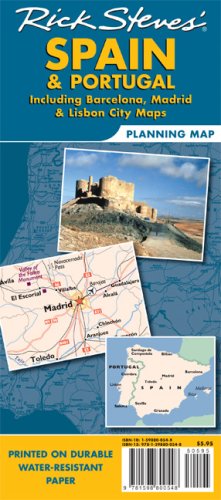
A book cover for Rick Steves' Spain and Portugal Map: Including Barcelona, Madrid and Lisbon; Rick Steves; Travel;